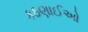
કઠણાઈઓ